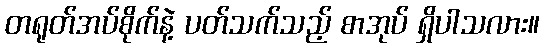
တရုတ်အပ်စိုက်နဲ့ ပတ်သက်သည့် စာအုပ် ရှိပါသလား။